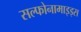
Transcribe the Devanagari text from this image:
सल्फोनामाइड्स